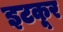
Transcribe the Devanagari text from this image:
इटकूर